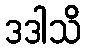
ဒဒါသိ